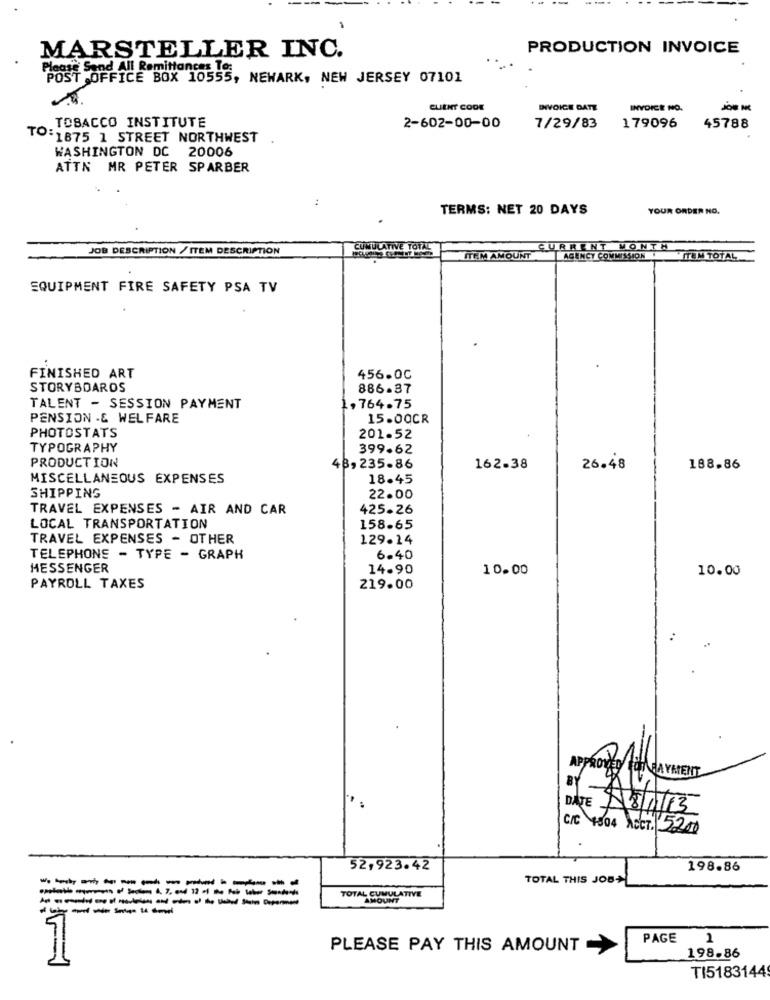
PRODUCTION INVOICE
MARSTELLER INC.
Please Send All Remittances To:
POST OFFICE BOX 10555, NEWARK, NEW JERSEY 07101
CUENT CODE
INVOICE DATE
INVOICE NO.
179096
.. TOBACCO INSTITUTE
2-602-00-00
7/29/83
45788
TO:1875 1 STREET NORTHWEST
WASHINGTON DC 20006
ATTN MR PETER SPARBER
:
TERMS: NET 20 DAYS
YOUR ORDER NO.
JOB DESCRIPTION / ITEM DESCRIPTION
CUMULATIVE TOTAL
CURRENT MONTH
ITEM AMOUNT
AGENCY COMMISSION
ITEM TOTAL
EQUIPMENT FIRE SAFETY PSA TV
FINISHED ART
456.00
STORYBOARDS
886.87
TALENT - SESSION PAYMENT
„764.75
PENSION .& WELFARE
15.00CR
PHOTOSTATS
201.52
TYPOGRAPHY
399.62
PRODUCTION
48, 235.86
162-38
26.48
188.86
MISCELLANEOUS EXPENSES
18.45
SHIPPING
22.00
TRAVEL EXPENSES - AIR AND CAR
425-26
LOCAL TRANSPORTATION
158.65
TRAVEL EXPENSES - OTHER
129.14
TELEPHONE - TYPE - GRAPH
6.40
MESSENGER
14.90
10.00
10.00
PAYROLL TAXES
219.00
APPROVED FORABAYAENT
DATE 18/11/13
C/C +504 NeCT. 5200
52,923.42
198.86
------------
TOTAL THIS JOB
---------------
TOTAL CUMULATIVE
AMOUNT
PAGE
1
PLEASE PAY THIS AMOUNT
198.86
TI5183144